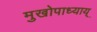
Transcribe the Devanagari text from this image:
मुखोपाध्याय्